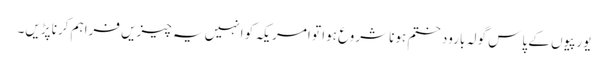
یورپیوں کے پاس گولہ بارود ختم ہونا شروع ہوا تو امریکہ کو انہیں یہ چیزیں فراہم کرنا پڑیں۔